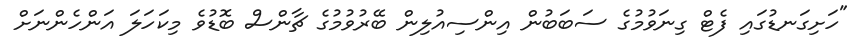
"ހަށިގަނޑުގައި ފެޓް ގިނަވުމުގެ ސަބަބުން އިންސިއުލިން ބޭރުވުމުގެ ޗާންސް ބޮޑުވެ މިކަހަލަ އަންހެންނަށް